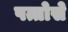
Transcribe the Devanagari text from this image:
पत्तोसे